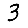
Digit: 3